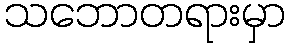
သဘောတရားမှာ